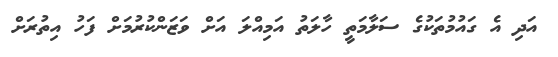
އަދި އެ ގައުމުތަކުގެ ސަލާމަތީ ހާލަތު އަމިއްލަ އަށް ވަޒަންކުރުމަށް ފަހު އިތުރަށް